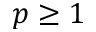
p \ge 1